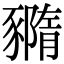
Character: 䝐